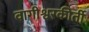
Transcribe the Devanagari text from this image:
वागीश्वरकीर्ती